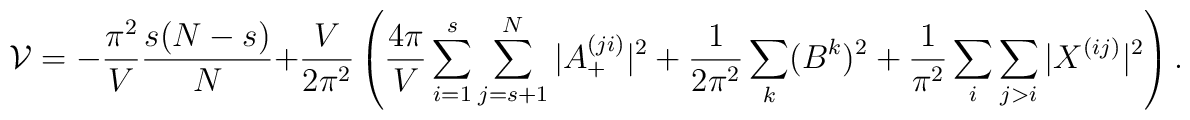
{\cal{V}} = -\frac{\pi^2}{V} \frac{s(N-s)}{N}  + \frac{V}{2\pi^2}\left(\frac{4\pi}{V}\sum_{i=1}^{s}\sum_{j=s+1}^N |A^{(ji)}_+|^2 +\frac{1}{2\pi^2} \sum_k (B^k)^2+\frac{1}{\pi^2}\sum_i \sum_{j>i} |X^{(ij)}|^2\right).